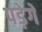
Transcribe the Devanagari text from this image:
पड़ेगे